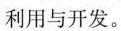
利用与开发。